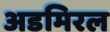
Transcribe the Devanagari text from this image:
अडमिरल